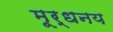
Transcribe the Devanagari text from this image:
मूर्धनय